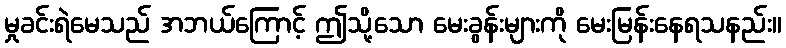
မှုခင်းရဲမေသည် အဘယ်ကြောင့် ဤသို့သော မေးခွန်းများကို မေးမြန်းနေရသနည်း။